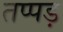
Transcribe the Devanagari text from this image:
तप्पड़